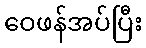
ဝေဖန်အပ်ပြီး